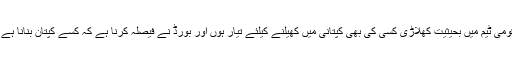
قومی ٹیم میں بحیثیت کھلاڑی کسی کی بھی کپتانی میں کھیلنے کیلئے تیار ہوں اور بورڈ نے فیصلہ کرنا ہے کہ کسے کپتان بنانا ہے ۔